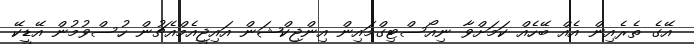
އޭގެ ތެރެއިން އެއް ބޭހެއް ކަމަށްވާ ނިއޯސްޓިގްމައިން އިންޖިކްޝަން އައިޖީއެމްއެޗުން ހުސްވުމުން އޭޑީކޭ